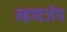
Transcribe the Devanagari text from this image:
म्हणजेप